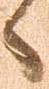
へ